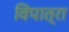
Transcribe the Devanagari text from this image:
विपात्रा